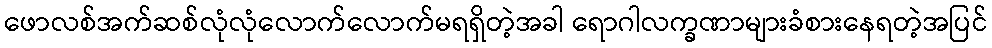
ဖောလစ်အက်ဆစ်လုံလုံလောက်လောက်မရရှိတဲ့အခါ ရောဂါလက္ခဏာများခံစားနေရတဲ့အပြင်